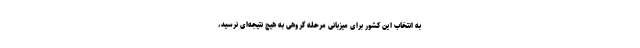
به انتخاب این کشور برای میزبانی مرحله گروهی به هیچ نتیجه‌ای نرسید،